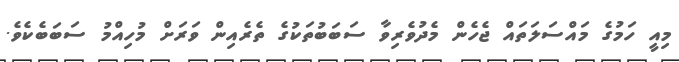
މިއީ ހަމުގެ މައްސަލަތައް ޖެހެން މެދުވެރިވާ ސަބަބުތަކުގެ ތެރެއިން ވަރަށް މުހިއްމު ސަބަބެކެވެ.